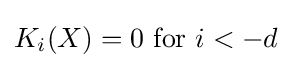
K_{i}(X)=0{\text{ for }}i<-d